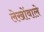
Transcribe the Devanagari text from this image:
लेखोंवाले